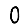
Digit: 0